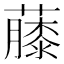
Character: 𧀬